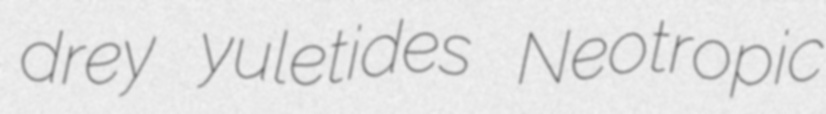
drey yuletides Neotropic